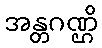
အန္တဂဏ္ဌိ